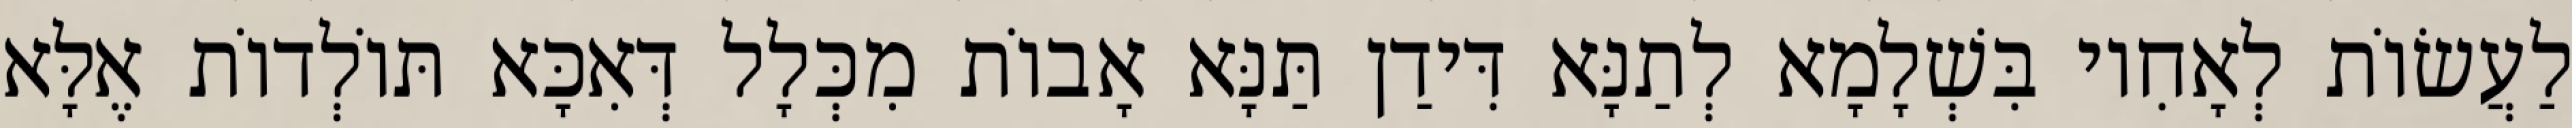
לַעֲשׂוֹת לְאָחִיו בִּשְׁלָמָא לְתַנָּא דִּידַן תַּנָּא אָבוֹת מִכְּלָל דְּאִכָּא תּוֹלְדוֹת אֶלָּא